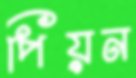
পিয়ন